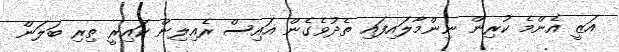
އަޒީ އެންމެ ކުރިން ނިންމާލައިފައި ތެދުވެގެން އައިސް ރެއިލިން ކައިރީ ތިރި ބަލަން